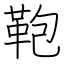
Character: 鞄